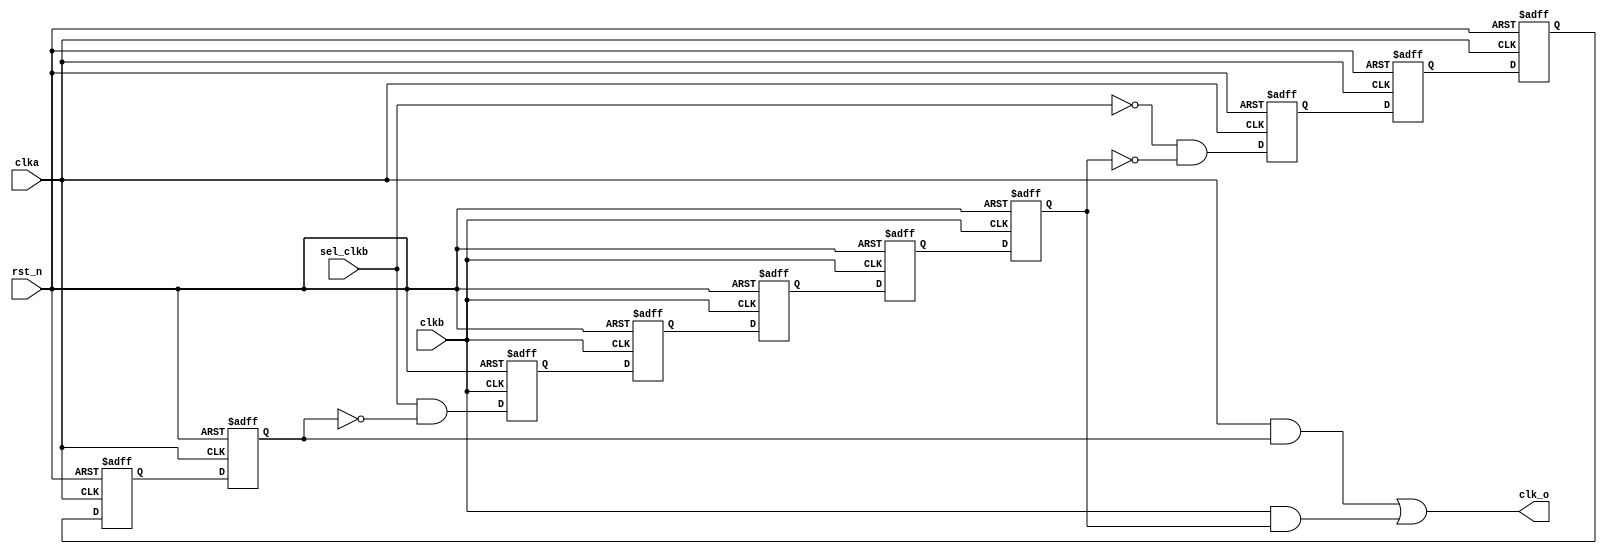
// Code your design here
`timescale 1ns/1ns
module clk_syn_tst (
                rst_n,
                clka, 
                clkb, 
                sel_clkb, 
                clk_o
                   );
input rst_n;
input clka;
input clkb;
input sel_clkb;

output clk_o;

reg    sel_clka_d0;
reg    sel_clka_d1;
reg    sel_clka_dly1;
reg    sel_clka_dly2 ;
reg    sel_clka_dly3;
reg    sel_clkb_d0;
reg    sel_clkb_d1;
reg    sel_clkb_dly1;
reg    sel_clkb_dly2;
reg    sel_clkb_dly3;

always @ (posedge clka or negedge rst_n)
begin
    if (!rst_n) 
    begin
        sel_clka_d0 <= 1'b0;
        sel_clka_d1 <= 1'b0;

     end
     else 
     begin
        sel_clka_d0 <= (~sel_clkb) & (~sel_clkb_dly3) ;
        sel_clka_d1 <= sel_clka_d0 ;
     end
 end

// part2
//always @ (posedge clka_n or negedge rst_n)
always @ (negedge clka or negedge rst_n)
begin
    if (!rst_n) 
    begin
     sel_clka_dly1 <= 1'b0;
     sel_clka_dly2 <= 1'b0;
     sel_clka_dly3 <= 1'b0;
    end
    else 
    begin
    sel_clka_dly1 <= sel_clka_d1;
    sel_clka_dly2 <= sel_clka_dly1 ;
    sel_clka_dly3 <= sel_clka_dly2 ;
    end
end
// part3
//always @ (posedge clkb_n or negedge rst_n)
always @ (posedge clkb or negedge rst_n)
begin
   if (!rst_n) 
   begin
   sel_clkb_d0 <= 1'b1;
   sel_clkb_d1 <= 1'b1;
   end
   else 
   begin
   sel_clkb_d0 <= sel_clkb & (~sel_clka_dly3) ;
   sel_clkb_d1 <= sel_clkb_d0 ;
   end
end

// part4
//always @ (posedge clkb_n or negedge rst_n)
always @ (negedge clkb or negedge rst_n)
begin
   if (!rst_n) 
   begin
      sel_clkb_dly1 <= 1'b1;
      sel_clkb_dly2 <= 1'b1;
      sel_clkb_dly3 <= 1'b1;
   end
else 
begin
sel_clkb_dly1 <= sel_clkb_d1;
sel_clkb_dly2 <= sel_clkb_dly1 ;
sel_clkb_dly3 <= sel_clkb_dly2 ;
end
end

// part5
//clk_gate_xxx clk_gate_a ( .CP(clka), .EN(sel_clka_dly3), .Q(clka_g),  .TE(1'b0)   );
//clk_gate_xxx clk_gate_b ( .CP(clkb), .EN(sel_clkb_dly3), .Q(clkb_g),  .TE(1'b0)   );
assign clka_g = clka & sel_clka_dly3 ;
assign clkb_g = clkb & sel_clkb_dly3 ;
assign clk_o = clka_g | clkb_g ;

endmodule